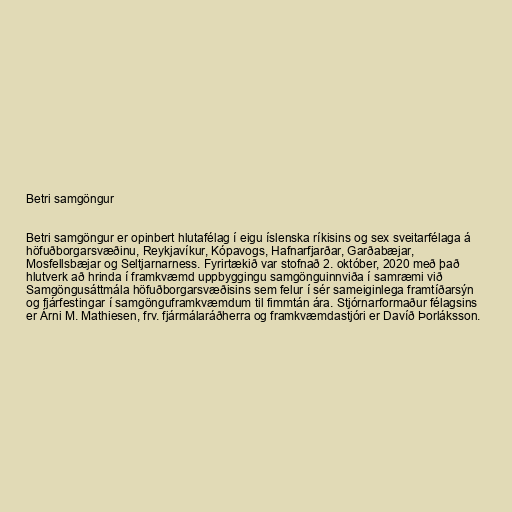
Betri samgöngur

Betri samgöngur er opinbert hlutafélag í eigu íslenska ríkisins og sex sveitarfélaga á
höfuðborgarsvæðinu, Reykjavíkur, Kópavogs, Hafnarfjarðar, Garðabæjar,
Mosfellsbæjar og Seltjarnarness. Fyrirtækið var stofnað 2. október, 2020 með það
hlutverk að hrinda í framkvæmd uppbyggingu samgönguinnviða í samræmi við
Samgöngusáttmála höfuðborgarsvæðisins sem felur í sér sameiginlega framtíðarsýn
og fjárfestingar í samgönguframkvæmdum til fimmtán ára. Stjórnarformaður félagsins
er Árni M. Mathiesen, frv. fjármálaráðherra og framkvæmdastjóri er Davíð Þorláksson.